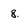
Character: 8